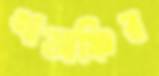
খাজাঞ্চির